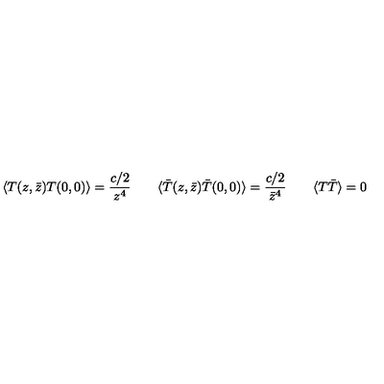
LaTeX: \langle T ( z , \bar { z } ) T ( 0 , 0 ) \rangle = \frac { c / 2 } { z ^ { 4 } } \qquad \langle \bar { T } ( z , \bar { z } ) \bar { T } ( 0 , 0 ) \rangle = \frac { c / 2 } { \bar { z } ^ { 4 } } \qquad \langle T \bar { T } \rangle = 0